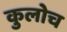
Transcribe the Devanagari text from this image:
कुलोच